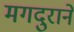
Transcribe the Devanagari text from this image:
मगदुराने